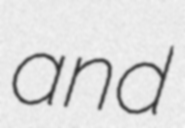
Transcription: and